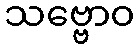
သဗ္ဗောဝ